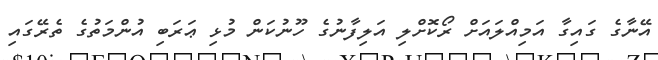
އޭނާގެ ގައިގާ އަމިއްލައަށް ރޯކޮށްލި އަލިފާނުގެ ހޫނުކަން މުޅި ޢަރަބި އުންމަތުގެ ތެރޭގައި